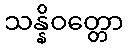
သန္နိဝတ္တော